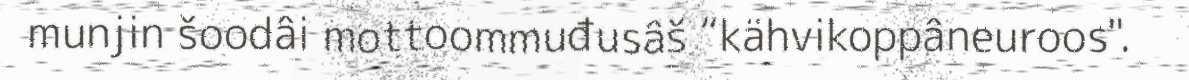
munjin šoodâi mottoommuđusâš “kähvikoppâneuroos".